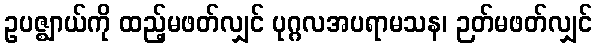
ဥပဇ္ဈာယ်ကို ထည့်မဖတ်လျှင် ပုဂ္ဂလအပရာမသန၊ ဉတ်မဖတ်လျှင်